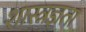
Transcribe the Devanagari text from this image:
शास्त्रज्ञता